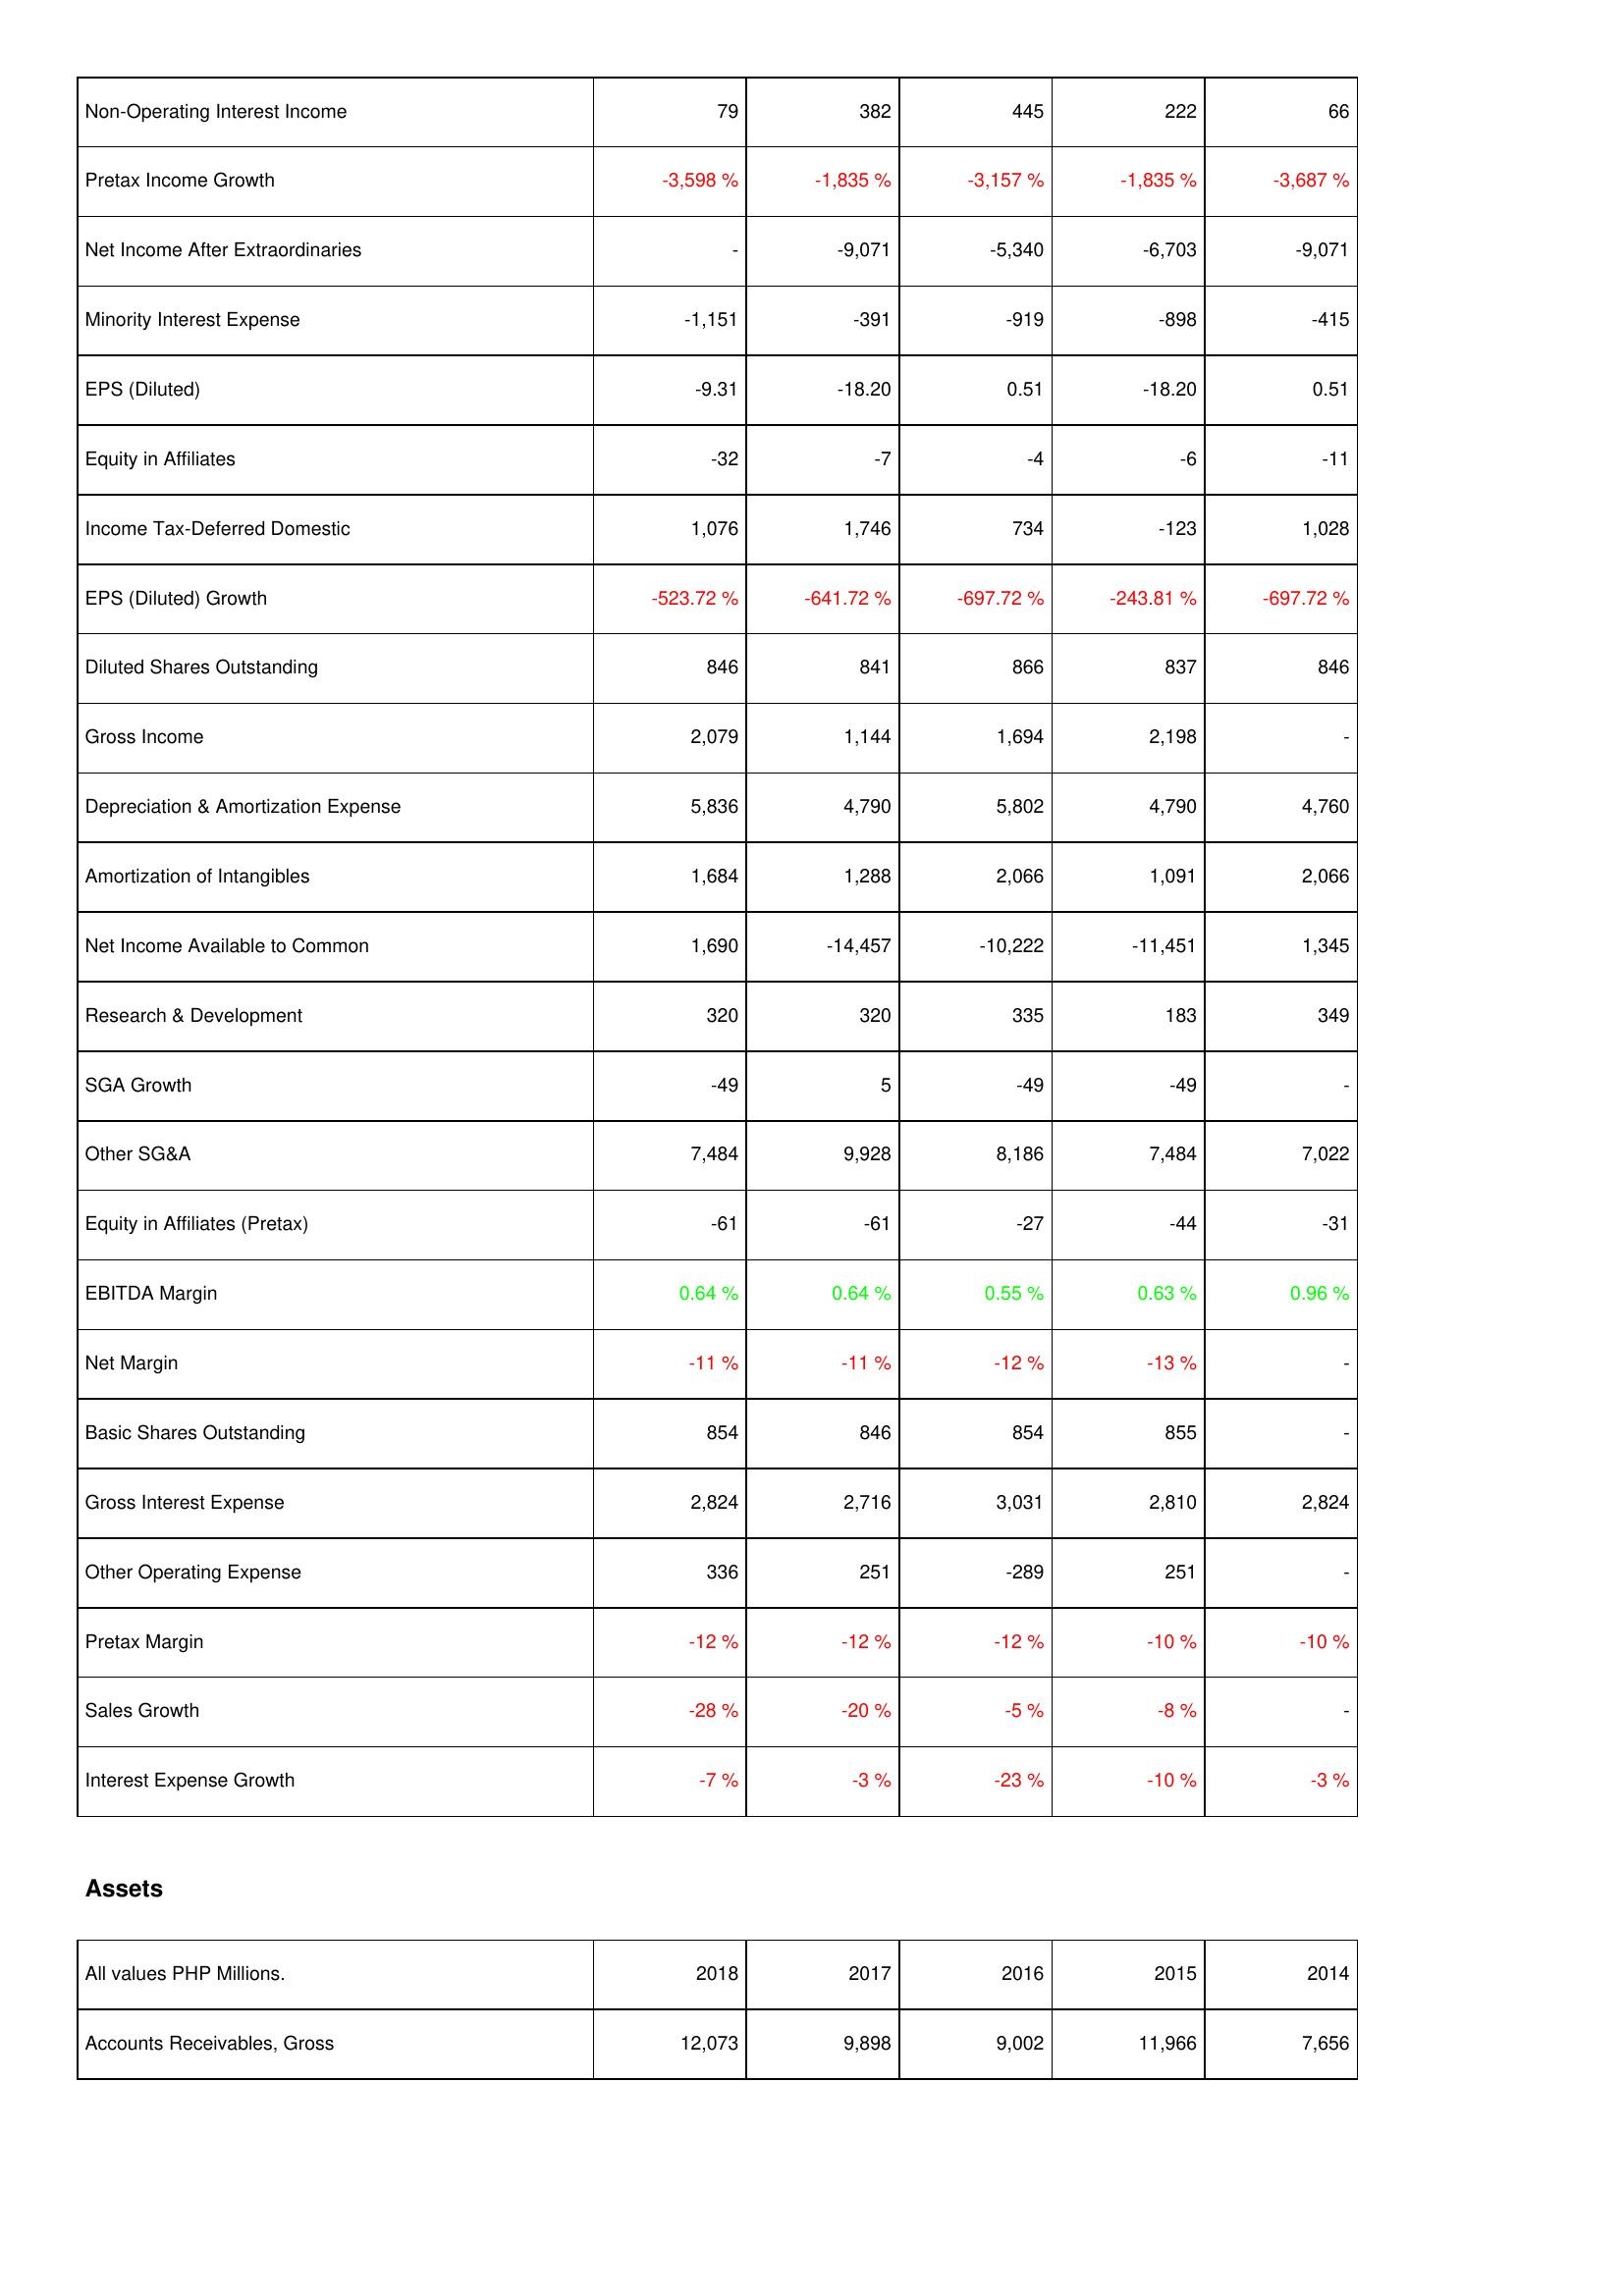
2018: Income Statement: Non-Operating Interest Income: 79
Pretax Income Growth: -3,598 %
Net Income After Extraordinaries: -
Minority Interest Expense: -1,151
EPS (Diluted): -9.31
Equity in Affiliates: -32
Income Tax-Deferred Domestic: 1,076
EPS (Diluted) Growth: -523.72 %
Diluted Shares Outstanding: 846
Gross Income: 2,079
Depreciation & Amortization Expense: 5,836
Amortization of Intangibles: 1,684
Net Income Available to Common: 1,690
Research & Development: 320
SGA Growth: -49
Other SG&A: 7,484
Equity in Affiliates (Pretax): -61
EBITDA Margin: 0.64 %
Net Margin: -11 %
Basic Shares Outstanding: 854
Gross Interest Expense: 2,824
Other Operating Expense: 336
Pretax Margin: -12 %
Sales Growth: -28 %
Interest Expense Growth: -7 %
Assets: Accounts Receivables, Gross: 12,073
2017: Income Statement: Non-Operating Interest Income: 382
Pretax Income Growth: -1,835 %
Net Income After Extraordinaries: -9,071
Minority Interest Expense: -391
EPS (Diluted): -18.20
Equity in Affiliates: -7
Income Tax-Deferred Domestic: 1,746
EPS (Diluted) Growth: -641.72 %
Diluted Shares Outstanding: 841
Gross Income: 1,144
Depreciation & Amortization Expense: 4,790
Amortization of Intangibles: 1,288
Net Income Available to Common: -14,457
Research & Development: 320
SGA Growth: 5
Other SG&A: 9,928
Equity in Affiliates (Pretax): -61
EBITDA Margin: 0.64 %
Net Margin: -11 %
Basic Shares Outstanding: 846
Gross Interest Expense: 2,716
Other Operating Expense: 251
Pretax Margin: -12 %
Sales Growth: -20 %
Interest Expense Growth: -3 %
Assets: Accounts Receivables, Gross: 9,898
2016: Income Statement: Non-Operating Interest Income: 445
Pretax Income Growth: -3,157 %
Net Income After Extraordinaries: -5,340
Minority Interest Expense: -919
EPS (Diluted): 0.51
Equity in Affiliates: -4
Income Tax-Deferred Domestic: 734
EPS (Diluted) Growth: -697.72 %
Diluted Shares Outstanding: 866
Gross Income: 1,694
Depreciation & Amortization Expense: 5,802
Amortization of Intangibles: 2,066
Net Income Available to Common: -10,222
Research & Development: 335
SGA Growth: -49
Other SG&A: 8,186
Equity in Affiliates (Pretax): -27
EBITDA Margin: 0.55 %
Net Margin: -12 %
Basic Shares Outstanding: 854
Gross Interest Expense: 3,031
Other Operating Expense: -289
Pretax Margin: -12 %
Sales Growth: -5 %
Interest Expense Growth: -23 %
Assets: Accounts Receivables, Gross: 9,002
2015: Income Statement: Non-Operating Interest Income: 222
Pretax Income Growth: -1,835 %
Net Income After Extraordinaries: -6,703
Minority Interest Expense: -898
EPS (Diluted): -18.20
Equity in Affiliates: -6
Income Tax-Deferred Domestic: -123
EPS (Diluted) Growth: -243.81 %
Diluted Shares Outstanding: 837
Gross Income: 2,198
Depreciation & Amortization Expense: 4,790
Amortization of Intangibles: 1,091
Net Income Available to Common: -11,451
Research & Development: 183
SGA Growth: -49
Other SG&A: 7,484
Equity in Affiliates (Pretax): -44
EBITDA Margin: 0.63 %
Net Margin: -13 %
Basic Shares Outstanding: 855
Gross Interest Expense: 2,810
Other Operating Expense: 251
Pretax Margin: -10 %
Sales Growth: -8 %
Interest Expense Growth: -10 %
Assets: Accounts Receivables, Gross: 11,966
2014: Income Statement: Non-Operating Interest Income: 66
Pretax Income Growth: -3,687 %
Net Income After Extraordinaries: -9,071
Minority Interest Expense: -415
EPS (Diluted): 0.51
Equity in Affiliates: -11
Income Tax-Deferred Domestic: 1,028
EPS (Diluted) Growth: -697.72 %
Diluted Shares Outstanding: 846
Gross Income: -
Depreciation & Amortization Expense: 4,760
Amortization of Intangibles: 2,066
Net Income Available to Common: 1,345
Research & Development: 349
SGA Growth: -
Other SG&A: 7,022
Equity in Affiliates (Pretax): -31
EBITDA Margin: 0.96 %
Net Margin: -
Basic Shares Outstanding: -
Gross Interest Expense: 2,824
Other Operating Expense: -
Pretax Margin: -10 %
Sales Growth: -
Interest Expense Growth: -3 %
Assets: Accounts Receivables, Gross: 7,656